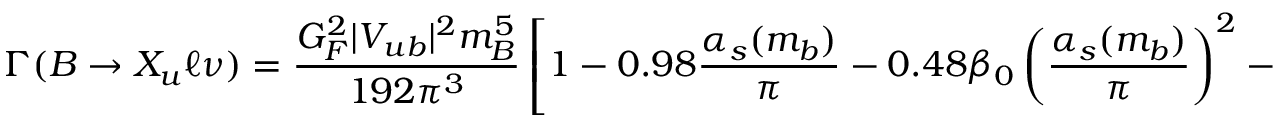
\Gamma ( B \to X _ { u } \ell \nu ) = { \frac { G _ { F } ^ { 2 } | V _ { u b } | ^ { 2 } m _ { B } ^ { 5 } } { 1 9 2 \pi ^ { 3 } } } \left[ 1 - 0 . 9 8 { \frac { \alpha _ { s } ( m _ { b } ) } { \pi } } - 0 . 4 8 \beta _ { 0 } \left( { \frac { \alpha _ { s } ( m _ { b } ) } { \pi } } \right) ^ { 2 } - 7 . 1 4 { \frac { \langle s _ { H } \rangle } { m _ { B } ^ { 2 } } } + \dots \right] \, ,